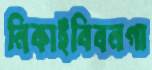
নিকাইবিবনগা